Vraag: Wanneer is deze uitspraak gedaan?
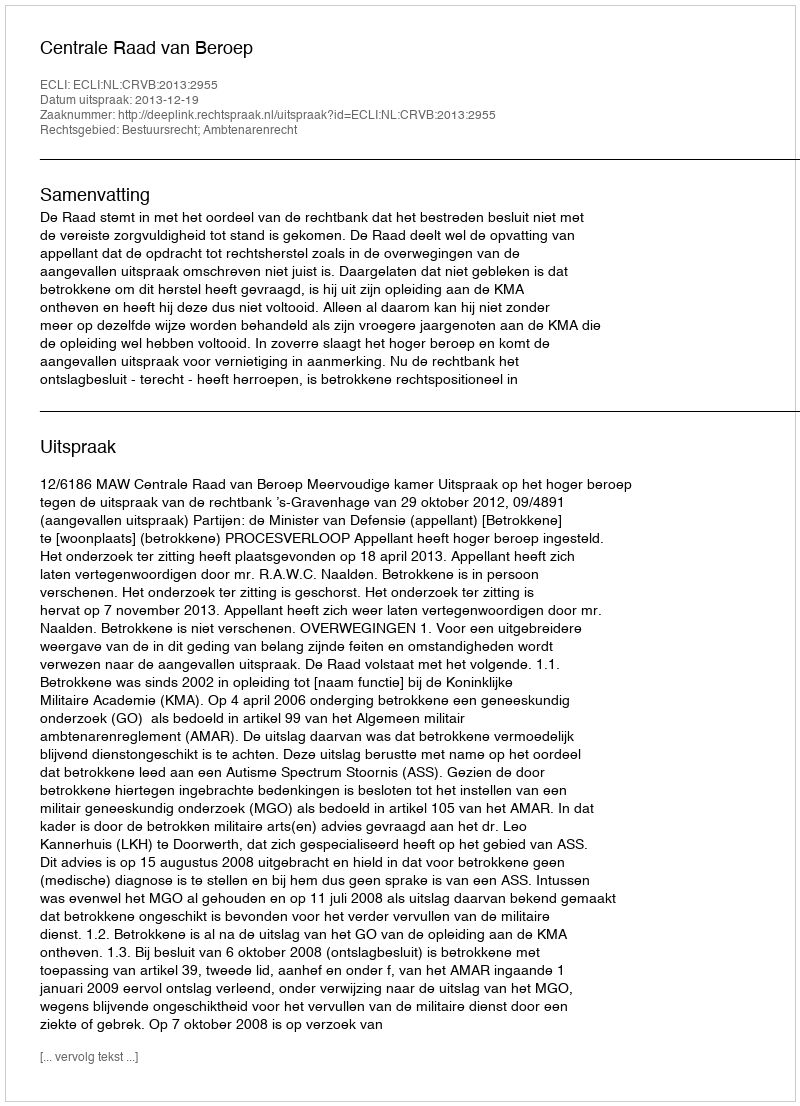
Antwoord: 2013-12-19